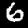
Digit: 6